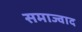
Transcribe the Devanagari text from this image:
समाज्वाद